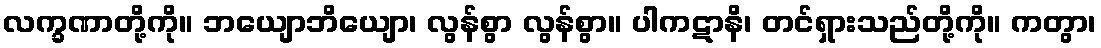
လက္ခဏာတို့ကို။ ဘယျောဘိယျော၊ လွန်စွာ လွန်စွာ။ ပါကဋာနိ၊ တင်ရှားသည်တို့ကို။ ကတွာ၊